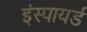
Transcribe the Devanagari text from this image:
इंस्पायर्ड